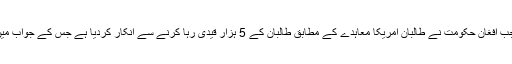
خیال رہے کہ افغان طالبان کا بیان ایک ایسے وقت میں سامنے آیا ہے جب افغان حکومت نے طالبان امریکا معاہدے کے مطابق طالبان کے 5 ہزار قیدی رہا کرنے سے انکار کردیا ہے جس کے جواب میں طالبان نے بھی بین الافغان مذاکرات میں شرکت سے انکار کردیا ہے۔